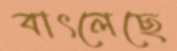
বাৎলেছে